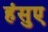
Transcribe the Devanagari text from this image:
हंसुए